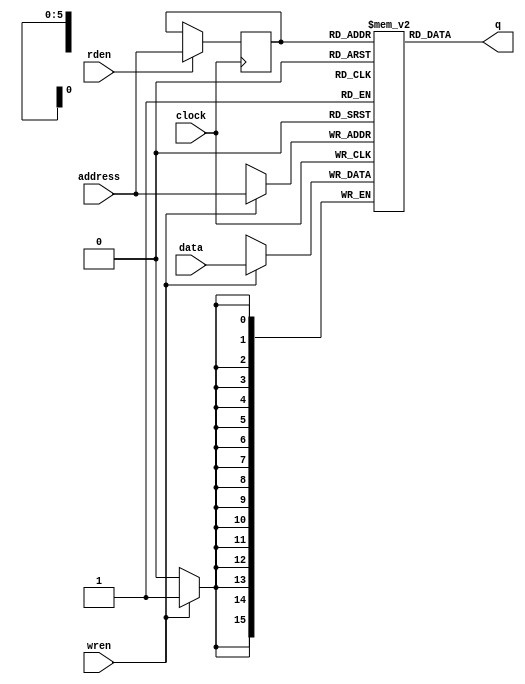
//
// Copyright (c) 2014-2022 by 1801BM1@gmail.com
//
// DC304 MMU Chip Floating Point Register File
//______________________________________________________________________________
//
// Generic implementation of Register File, memory blocks are supposed to be
// inferred. Some verions of synthesys tools (Quartus, etc.) do not infer memory
// blocks correctly, so explicit RAM megafunction should be used, depending on
// device type. It provides much better Fmax and resource usage. If vendor
// specific memory function is used this file should not be included in project.
//
// Interface is compatible with Altera Single-Port Single Clock RAM.
//
module dc_fpp(
   input         clock,
   input [5:0]   address,
   input [15:0]  data,
   input         wren,
   input         rden,
   output [15:0] q
);

reg [15:0] ram[63:0];
reg [5:0] addr;

integer i;
initial
begin
   for (i=0; i<64; i = i + 1)
      ram[i]  = 16'h0000;
end

always @ (posedge clock)
begin
   if (wren)
      ram[address][15:0] <= data[15:0];
   if (rden)
      addr <= address;
end
assign q = ram[addr];

endmodule